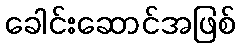
ခေါင်းဆောင်အဖြစ်